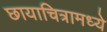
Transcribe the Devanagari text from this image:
छायाचित्रामध्ये